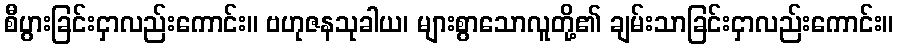
စီပွားခြင်းငှာလည်းကောင်း။ ဗဟုဇနသုခါယ၊ များစွာသောလူတို့၏ ချမ်းသာခြင်းငှာလည်းကောင်း။